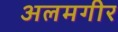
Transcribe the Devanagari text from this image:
अलमगीर